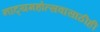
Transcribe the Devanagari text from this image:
नाट्यमहोत्सवासाठीही